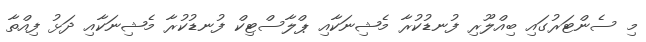
މި ސެންޓަރުގައި ބިއްލޫރި ފުނޑުކުރާ މެޝިނަކާއި ޕްލާސްޓިކް ފުނޑުކުރާ މެޝިނަކާއި ދަޅު ފިއްތާ